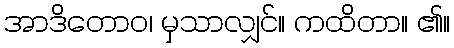
အာဒိတောဝ၊ မှသာလျှင်။ ကထိတာ။ ၏။